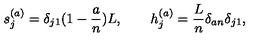
s _ { j } ^ { ( a ) } = \delta _ { j 1 } ( 1 - { \frac { a } { n } } ) L , \qquad h _ { j } ^ { ( a ) } = { \frac { L } { n } } \delta _ { a n } \delta _ { j 1 } ,